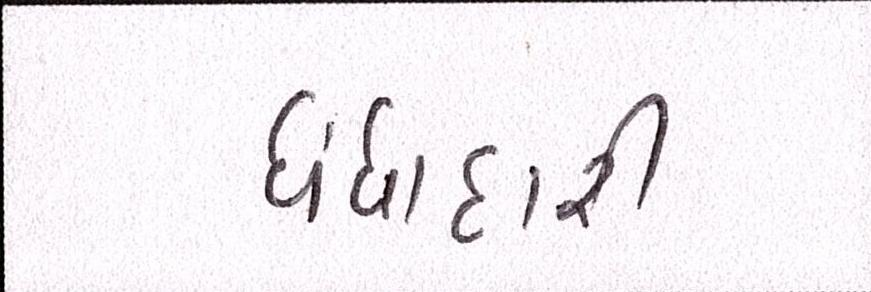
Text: ધંધાદારી